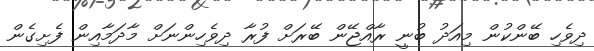
ދިވެހި ބޭންކުން މިއަދު ބުނީ ރާއްޖޭން ބޭރަށް ފުރާ ދިވެހިންނަށް މާދަމާއިން ފެށިގެން